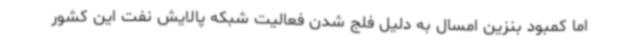
اما کمبود بنزین امسال به دلیل فلج شدن فعالیت شبکه پالایش نفت این کشور